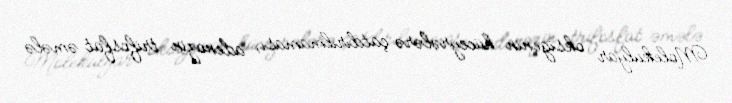
Molekulyar oksigenin hüceyrələrə çatdırılmaması, adenozin trifosfat əmələ